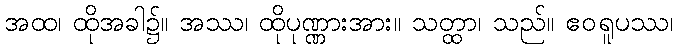
အထ၊ ထိုအခါ၌။ အဿ၊ ထိုပုဏ္ဏားအား။ သတ္ထာ၊ သည်။ ဧဝရူပဿ၊